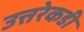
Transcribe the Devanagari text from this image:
उत्तरेकडी